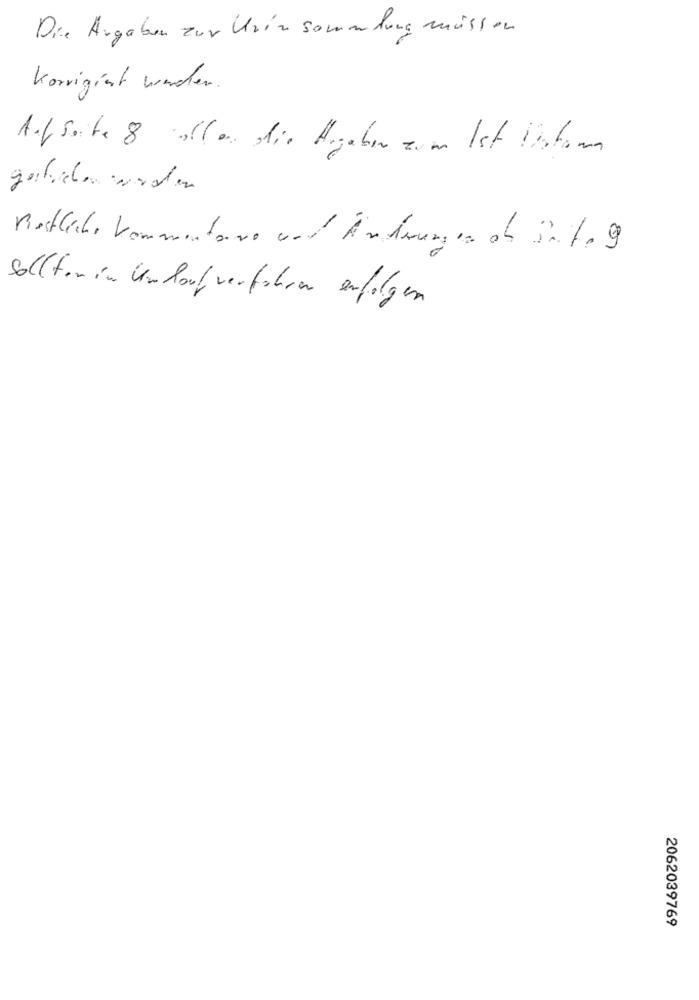
Die Angaben zur Urin sammlung müssen
korrigiert werden.
Aufseite 8 allen die Angaben zum Ist Sistema
gestrichen werden
Restliche kommentare vel Änderungen oh Suite 9
Sollten in Undorfverführen erfolgen
2062039769